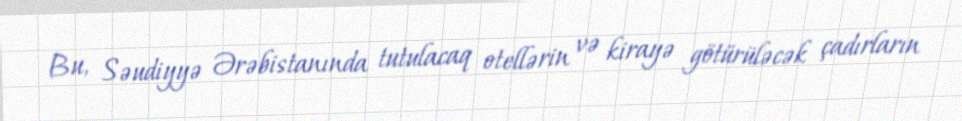
Bu, Səudiyyə Ərəbistanında tutulacaq otellərin və kirayə götürüləcək çadırların